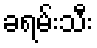
ခရမ်းသီး